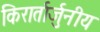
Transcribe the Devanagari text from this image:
किरार्तार्जुनीय